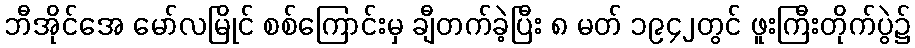
ဘီအိုင်အေ မော်လမြိုင် စစ်ကြောင်းမှ ချီတက်ခဲ့ပြီး ၈ မတ် ၁၉၄၂တွင် ဖူးကြီးတိုက်ပွဲ၌